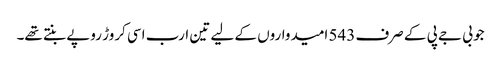
جو بی جے پی کے صرف 543 امیدواروں کے لیے تین ارب اسی کروڑ روپے بنتے تھے۔